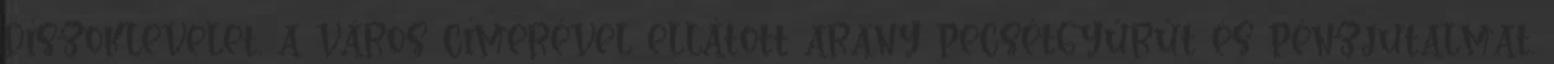
díszoklevelet, a város címerével ellátott arany pecsétgyűrűt és pénzjutalmat.